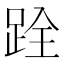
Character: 跧